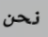
نحن